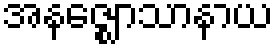
အနဇ္ဈောသာနာယ